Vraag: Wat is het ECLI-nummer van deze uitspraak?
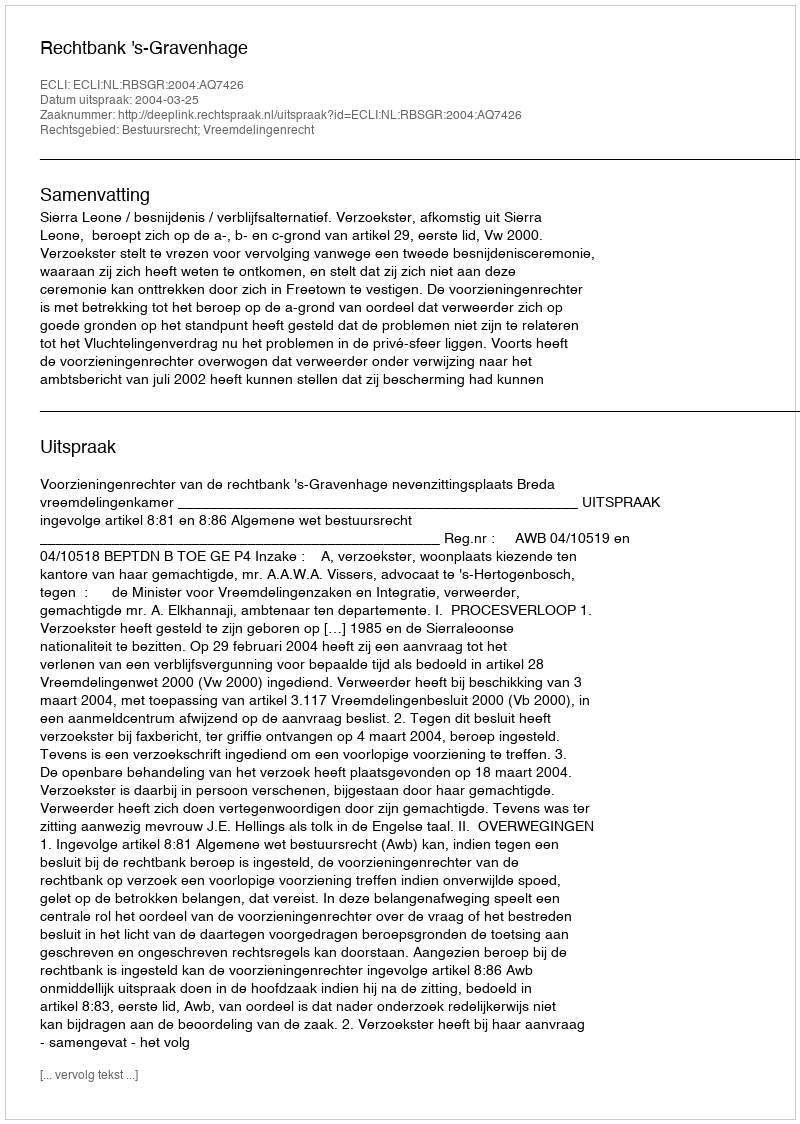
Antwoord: ECLI:NL:RBSGR:2004:AQ7426